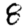
Digit: 8